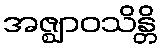
အဇ္ဈာဝသိန္တိ